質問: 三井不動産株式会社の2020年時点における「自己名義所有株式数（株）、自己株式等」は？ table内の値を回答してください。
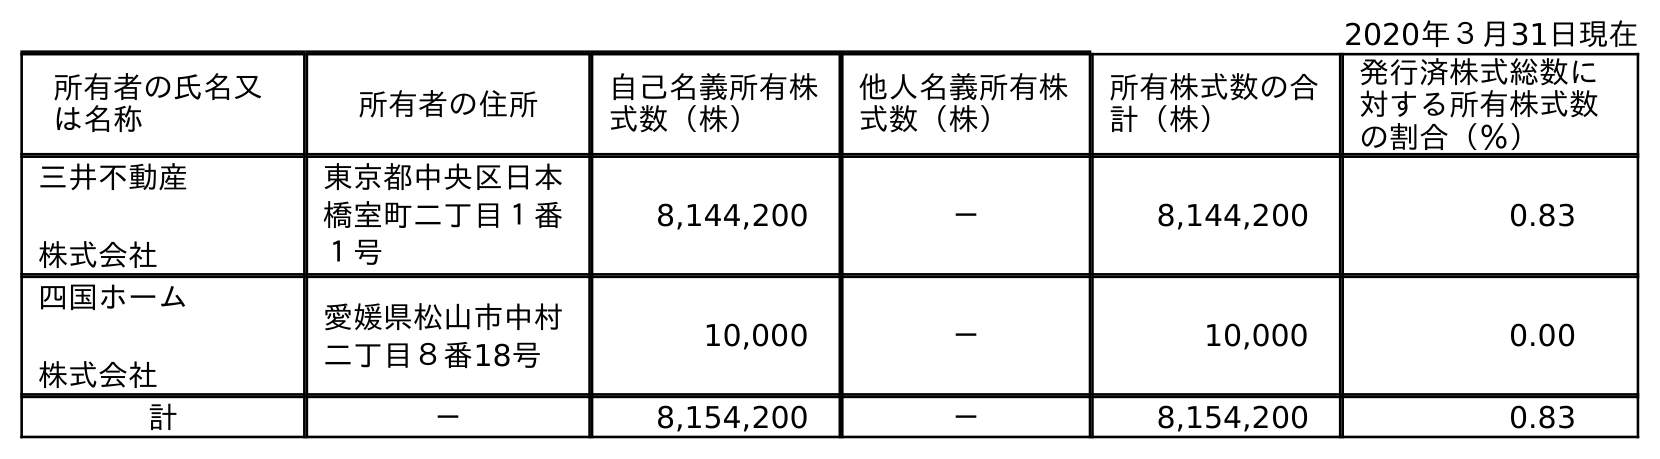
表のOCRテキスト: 2020年３月31日現在 所有者の氏名又 は名称 所有者の住所 自己名義所有株 式数（株） 他人名義所有株 式数（株） 所有株式数の合 計（株） 発行済株式総数に 対する所有株式数 の割合（％） 三井不動産 株式会社 東京都中央区日本 橋室町二丁目１番 １号 8,144,200 － 8,144,200 0.83 四国ホーム 株式会社 愛媛県松山市中村 二丁目８番18号 10,000 － 10,000 0.00 計 － 8,154,200 － 8,154,200 0.83
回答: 8,154,200